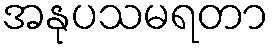
အနုပသမရတာ